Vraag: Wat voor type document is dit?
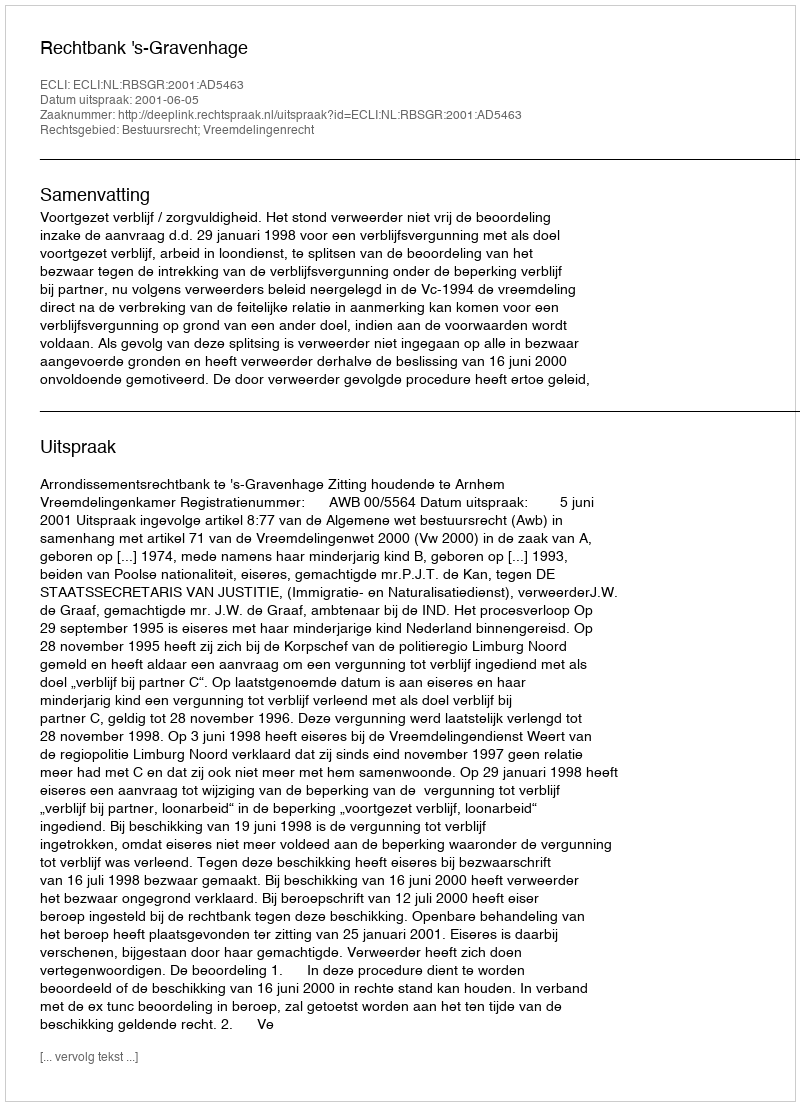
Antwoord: Uitspraak